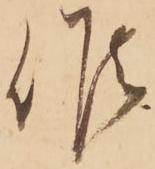
候